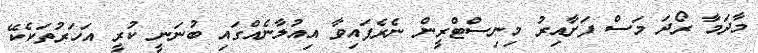
މާދަމާ ރޯދަ މަސް ފަށާއިރު މިނިސްޓްރީން ނެރެފައިވާ އިއުލާނެއްގައި ބުނަނީ ކުރީ އަހަރުތަކެކޭ